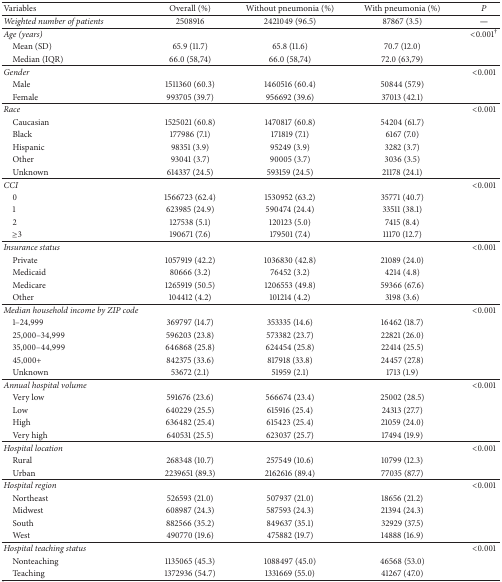
<table><thead><tr><td><b>Variables</b></td><td><b>Overall (%)</b></td><td><b>Without pneumonia (%)</b></td><td><b>With pneumonia (%)</b></td><td><b><i>P</i></b></td></tr></thead><tbody><tr><td><i>Weighted number of patients</i></td><td>2508916</td><td>2421049 (96.5)</td><td>87867 (3.5)</td><td><b>—</b></td></tr><tr><td><i>Age (years)</i></td><td> </td><td> </td><td> </td><td>&lt;0.001<sup>†</sup></td></tr><tr><td> Mean (SD)</td><td>65.9 (11.7)</td><td>65.8 (11.6)</td><td>70.7 (12.0)</td><td> </td></tr><tr><td> Median (IQR)</td><td>66.0 (58,74)</td><td>66.0 (58,74)</td><td>72.0 (63,79)</td><td> </td></tr><tr><td><i>Gender</i></td><td> </td><td> </td><td> </td><td>&lt;0.001</td></tr><tr><td> Male</td><td>1511360 (60.3)</td><td>1460516 (60.4)</td><td>50844 (57.9)</td><td> </td></tr><tr><td> Female</td><td>993705 (39.7)</td><td>956692 (39.6)</td><td>37013 (42.1)</td><td> </td></tr><tr><td><i>Race</i></td><td> </td><td> </td><td> </td><td>&lt;0.001</td></tr><tr><td> Caucasian</td><td>1525021 (60.8)</td><td>1470817 (60.8)</td><td>54204 (61.7)</td><td> </td></tr><tr><td> Black</td><td>177986 (7.1)</td><td>171819 (7.1)</td><td>6167 (7.0)</td><td> </td></tr><tr><td> Hispanic</td><td>98351 (3.9)</td><td>95249 (3.9)</td><td>3282 (3.7)</td><td> </td></tr><tr><td> Other</td><td>93041 (3.7)</td><td>90005 (3.7)</td><td>3036 (3.5)</td><td> </td></tr><tr><td> Unknown</td><td>614337 (24.5)</td><td>593159 (24.5)</td><td>21178 (24.1)</td><td> </td></tr><tr><td><i>CCI</i></td><td> </td><td> </td><td> </td><td>&lt;0.001</td></tr><tr><td> 0</td><td>1566723 (62.4)</td><td>1530952 (63.2)</td><td>35771 (40.7)</td><td> </td></tr><tr><td> 1</td><td>623985 (24.9)</td><td>590474 (24.4)</td><td>33511 (38.1)</td><td> </td></tr><tr><td> 2</td><td>127538 (5.1)</td><td>120123 (5.0)</td><td>7415 (8.4)</td><td> </td></tr><tr><td> ≥3</td><td>190671 (7.6)</td><td>179501 (7.4)</td><td>11170 (12.7)</td><td> </td></tr><tr><td><i>Insurance status</i></td><td> </td><td> </td><td> </td><td>&lt;0.001</td></tr><tr><td> Private</td><td>1057919 (42.2)</td><td>1036830 (42.8)</td><td>21089 (24.0)</td><td> </td></tr><tr><td> Medicaid</td><td>80666 (3.2)</td><td>76452 (3.2)</td><td>4214 (4.8)</td><td> </td></tr><tr><td> Medicare</td><td>1265919 (50.5)</td><td>1206553 (49.8)</td><td>59366 (67.6)</td><td> </td></tr><tr><td> Other</td><td>104412 (4.2)</td><td>101214 (4.2)</td><td>3198 (3.6)</td><td> </td></tr><tr><td><i>Median household income by ZIP code</i></td><td> </td><td> </td><td> </td><td>&lt;0.001</td></tr><tr><td><b> </b>1–24,999</td><td>369797 (14.7)</td><td>353335 (14.6)</td><td>16462 (18.7)</td><td> </td></tr><tr><td> 25,000–34,999</td><td>596203 (23.8)</td><td>573382 (23.7)</td><td>22821 (26.0)</td><td> </td></tr><tr><td> 35,000–44,999</td><td>646868 (25.8)</td><td>624454 (25.8)</td><td>22414 (25.5)</td><td> </td></tr><tr><td> 45,000+</td><td>842375 (33.6)</td><td>817918 (33.8)</td><td>24457 (27.8)</td><td> </td></tr><tr><td> Unknown</td><td>53672 (2.1)</td><td>51959 (2.1)</td><td>1713 (1.9)</td><td> </td></tr><tr><td><i>Annual hospital volume</i></td><td> </td><td> </td><td> </td><td>&lt;0.001</td></tr><tr><td> Very low</td><td>591676 (23.6)</td><td>566674 (23.4)</td><td>25002 (28.5)</td><td> </td></tr><tr><td> Low</td><td>640229 (25.5)</td><td>615916 (25.4)</td><td>24313 (27.7)</td><td> </td></tr><tr><td> High</td><td>636482 (25.4)</td><td>615423 (25.4)</td><td>21059 (24.0)</td><td> </td></tr><tr><td> Very high</td><td>640531 (25.5)</td><td>623037 (25.7)</td><td>17494 (19.9)</td><td> </td></tr><tr><td><i>Hospital location</i></td><td> </td><td> </td><td> </td><td>&lt;0.001</td></tr><tr><td> Rural</td><td>268348 (10.7)</td><td>257549 (10.6)</td><td>10799 (12.3)</td><td> </td></tr><tr><td> Urban</td><td>2239651 (89.3)</td><td>2162616 (89.4)</td><td>77035 (87.7)</td><td> </td></tr><tr><td><i>Hospital region</i></td><td> </td><td> </td><td> </td><td>&lt;0.001</td></tr><tr><td> Northeast</td><td>526593 (21.0)</td><td>507937 (21.0)</td><td>18656 (21.2)</td><td> </td></tr><tr><td> Midwest</td><td>608987 (24.3)</td><td>587593 (24.3)</td><td>21394 (24.3)</td><td> </td></tr><tr><td> South</td><td>882566 (35.2)</td><td>849637 (35.1)</td><td>32929 (37.5)</td><td> </td></tr><tr><td> West</td><td>490770 (19.6)</td><td>475882 (19.7)</td><td>14888 (16.9)</td><td> </td></tr><tr><td><i>Hospital teaching status</i></td><td> </td><td> </td><td> </td><td>&lt;0.001</td></tr><tr><td> Nonteaching</td><td>1135065 (45.3)</td><td>1088497 (45.0)</td><td>46568 (53.0)</td><td> </td></tr><tr><td> Teaching</td><td>1372936 (54.7)</td><td>1331669 (55.0)</td><td>41267 (47.0)</td><td> </td></tr></tbody></table>